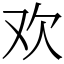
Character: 欢